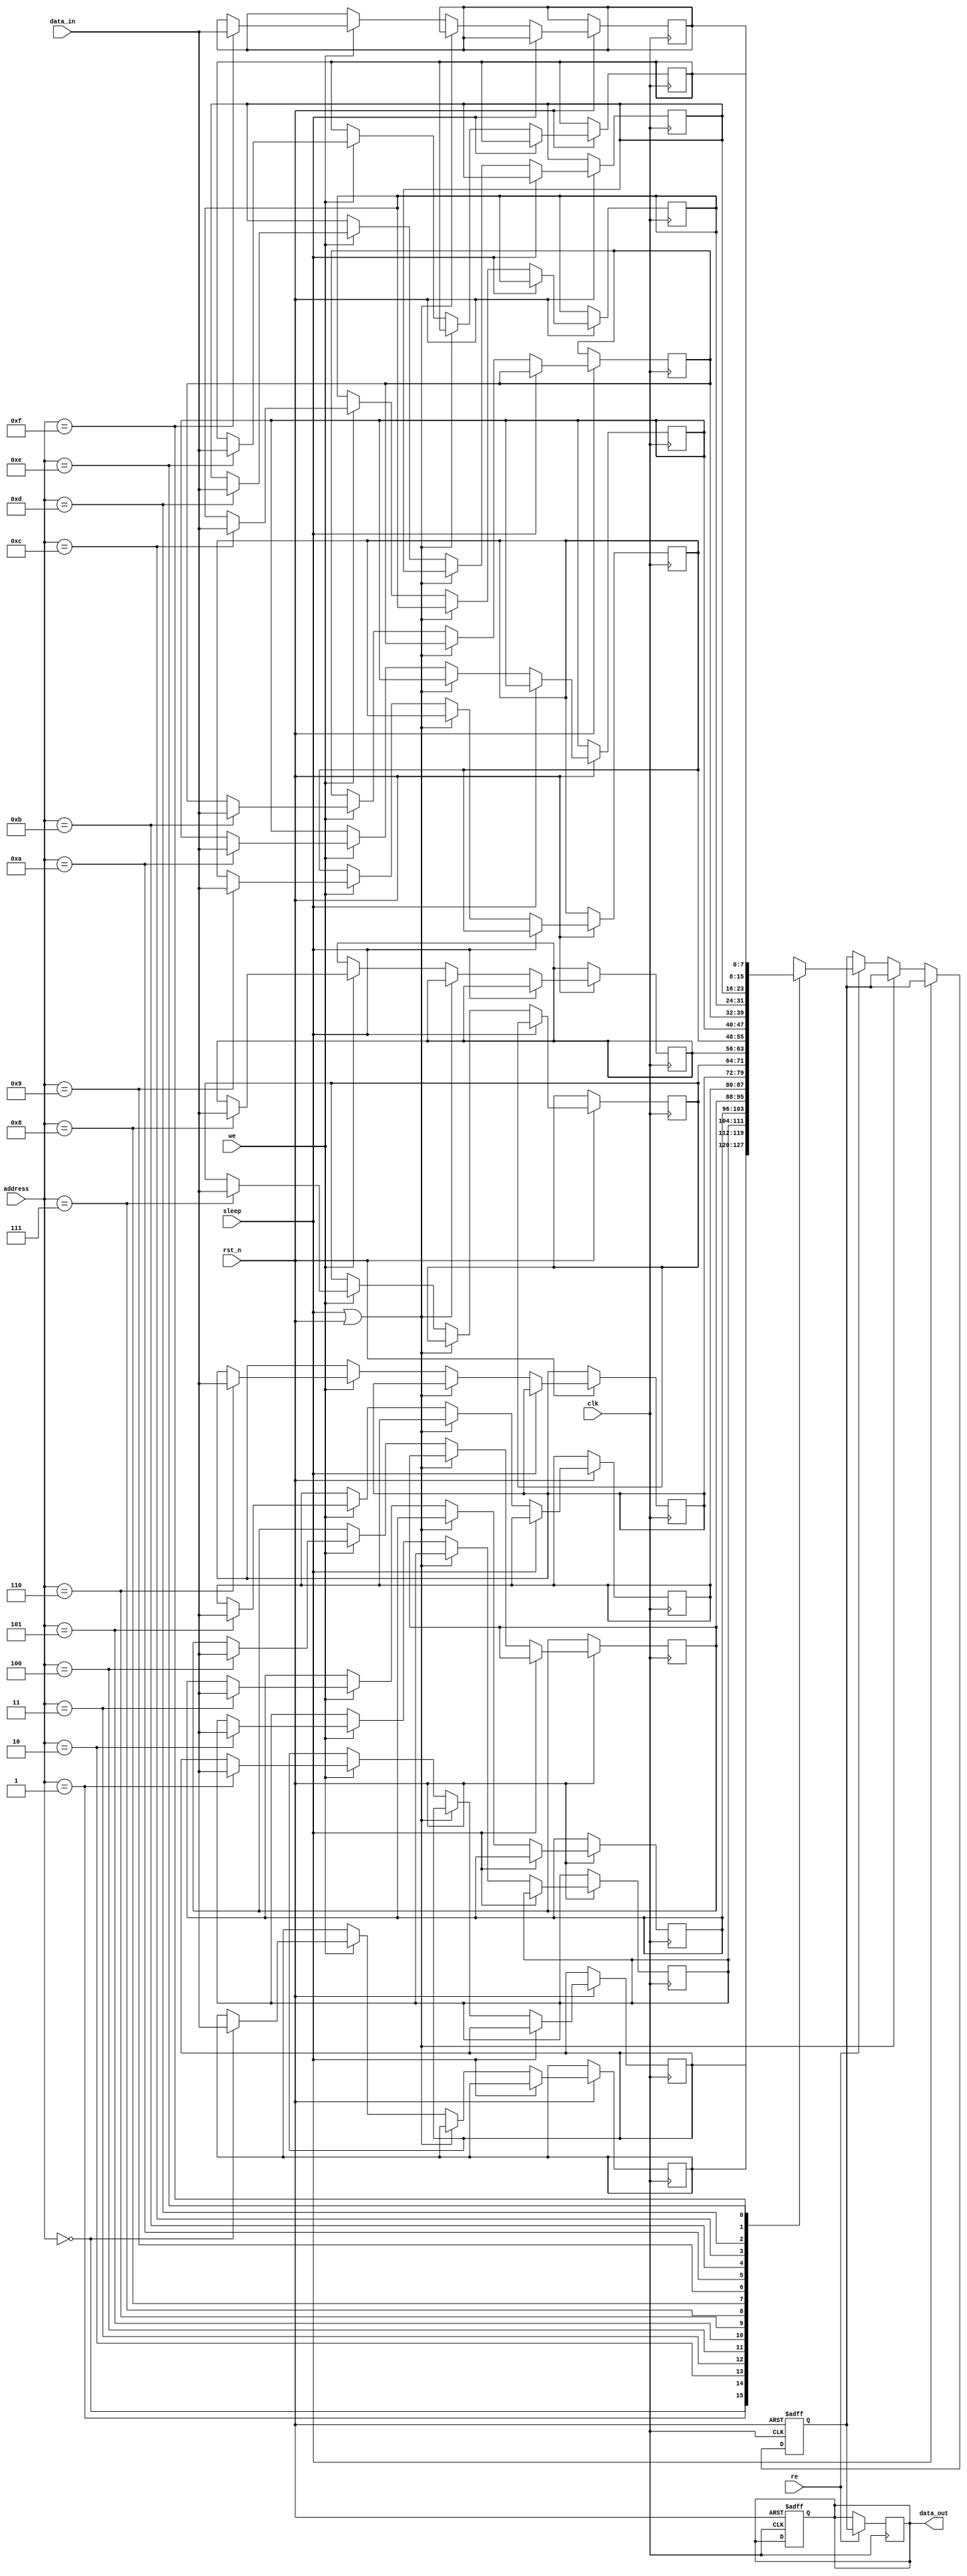
module low_power_sram #(parameter DATA_WIDTH = 8, parameter ADDR_WIDTH = 4, parameter DEPTH = 16) (
    input wire clk,
    input wire rst_n,
    input wire [ADDR_WIDTH-1:0] address,
    input wire [DATA_WIDTH-1:0] data_in,
    input wire we, // Write enable
    input wire re, // Read enable
    input wire sleep, // Sleep mode
    output reg [DATA_WIDTH-1:0] data_out
);

    // SRAM memory array declaration
    reg [DATA_WIDTH-1:0] sram_array [0:DEPTH-1];

    // Internal signals
    wire active;
    reg [DATA_WIDTH-1:0] temp_data_out;

    // Control Logic to enter/exit sleep mode
    assign active = !(sleep || rst_n);

    // Read and Write Operations
    always @(posedge clk or negedge rst_n) begin
        if (!rst_n) begin
            data_out <= 0;
            temp_data_out <= 0;
        end else if (sleep) begin
            // Do nothing in sleep mode
            data_out <= data_out; // retain previous output state
        end else begin
            if (active) begin
                if (we) begin
                    // Write Operation
                    sram_array[address] <= data_in;
                end
                if (re) begin
                    // Read Operation
                    temp_data_out <= sram_array[address];
                end
            end
        end
    end

    always @(posedge clk) begin
        if (re) begin
            // Output data on read
            data_out <= temp_data_out;
        end
    end

endmodule